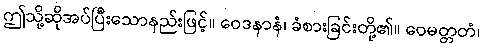
ဤသို့ဆိုအပ်ပြီးသောနည်းဖြင့်။ ဝေဒနာနံ၊ ခံစားခြင်းတို့၏။ ဝေမတ္တတံ၊